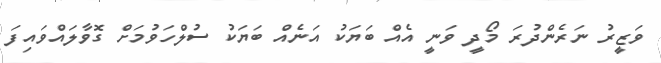
ވަޒީރު ނަރެންދުރަ މޯދީ ވަނީ އެއް ބަޔަކު އަނެއް ބަޔަކު ސުލްހަވުމަށް ގޮވާލައްވައިފަ